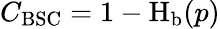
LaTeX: C_{\mathrm{BSC}}=1-\operatorname{H}_{\mathrm{b}}(p)